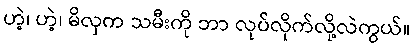
ဟဲ့၊ ဟဲ့၊ မိလှက သမီးကို ဘာ လုပ်လိုက်လို့လဲကွယ်။